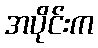
အပိုင်းက